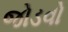
જોડવો